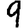
Digit: 9